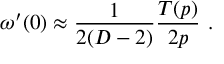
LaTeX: \omega ^ { \prime } ( 0 ) \approx { \frac { 1 } { 2 ( D - 2 ) } } { \frac { T ( p ) } { 2 p } } ~ .